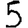
Digit: 5